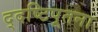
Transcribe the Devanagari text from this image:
द्दष्टिपूतना